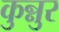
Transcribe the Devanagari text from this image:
कुन्नुर